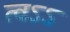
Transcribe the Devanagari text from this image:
त्वऽऽ